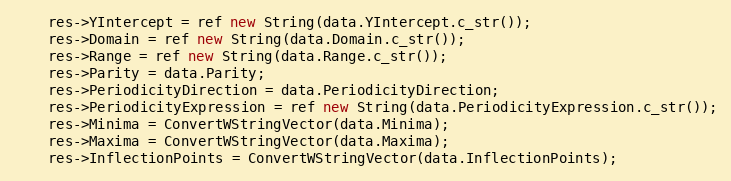
Language: C++
    res->YIntercept = ref new String(data.YIntercept.c_str());
    res->Domain = ref new String(data.Domain.c_str());
    res->Range = ref new String(data.Range.c_str());
    res->Parity = data.Parity;
    res->PeriodicityDirection = data.PeriodicityDirection;
    res->PeriodicityExpression = ref new String(data.PeriodicityExpression.c_str());
    res->Minima = ConvertWStringVector(data.Minima);
    res->Maxima = ConvertWStringVector(data.Maxima);
    res->InflectionPoints = ConvertWStringVector(data.InflectionPoints);